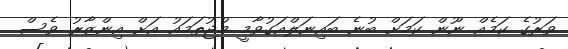
ވަރުގެ ކަމެއް ނޫން ކަމަށް ބުނެ ބައިނަލްއަގުވާމީ މުޖުތަމައު އަށް އިންޒާރު ވެސް